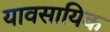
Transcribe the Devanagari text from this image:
यावसायिक